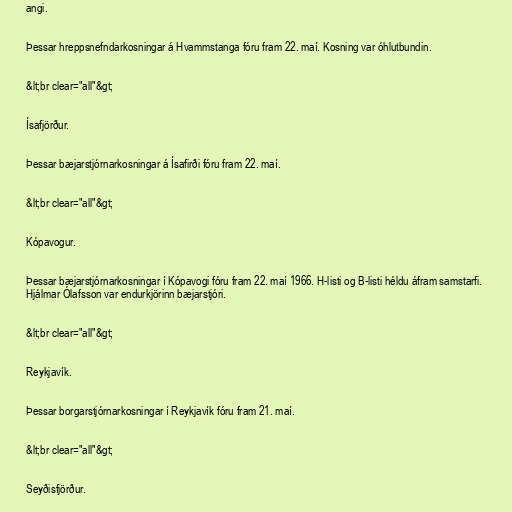
angi.

Þessar hreppsnefndarkosningar á Hvammstanga fóru fram 22. maí. Kosning var óhlutbundin.

&lt;br clear="all"&gt;

Ísafjörður.

Þessar bæjarstjórnarkosningar á Ísafirði fóru fram 22. maí.

&lt;br clear="all"&gt;

Kópavogur.

Þessar bæjarstjórnarkosningar í Kópavogi fóru fram 22. maí 1966. H-listi og B-listi héldu áfram samstarfi.
Hjálmar Ólafsson var endurkjörinn bæjarstjóri.

&lt;br clear="all"&gt;

Reykjavík.

Þessar borgarstjórnarkosningar í Reykjavík fóru fram 21. maí.

&lt;br clear="all"&gt;

Seyðisfjörður.